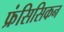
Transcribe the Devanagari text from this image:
फ्रंसिसिकन